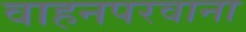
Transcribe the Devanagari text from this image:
वाहनपरवाना